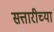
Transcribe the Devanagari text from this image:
सत्तारीच्या